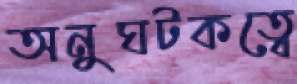
অনুঘটকত্বে